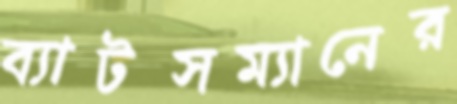
ব্যাটসম্যানের